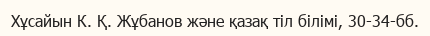
Хұсайын К. Қ. Жұбанов және қазақ тіл білімі, 30-34-бб.